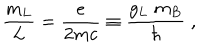
LaTeX: \frac { m _ { L } } { L } = \frac { e } { 2 m c } \equiv \frac { g _ { L } \; m _ { B } } { \hbar } \; ,